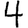
Digit: 4